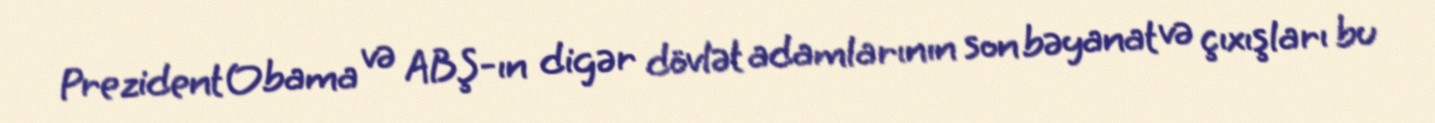
Prezident Obama və ABŞ-ın digər dövlət adamlarının son bəyanat və çıxışları bu